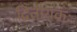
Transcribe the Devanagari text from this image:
द्वितीयकः